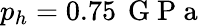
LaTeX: p_{h}=0.75\, \mathrm{~G~P~a~}